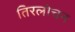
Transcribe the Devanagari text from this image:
तिरलोचन